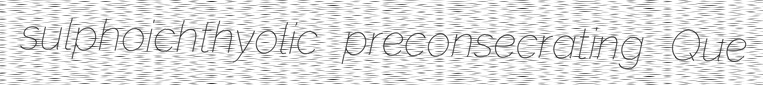
sulphoichthyolic preconsecrating Que